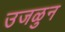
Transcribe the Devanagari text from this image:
उजळुन